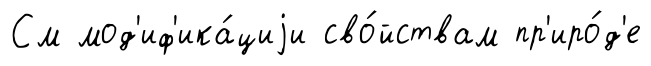
См мод'иф'ика́циjи сво́йствам пр'иро́д'е